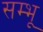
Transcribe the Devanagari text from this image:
सम्भू